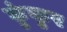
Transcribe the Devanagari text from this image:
कुंकुर